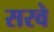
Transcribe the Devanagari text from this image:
सरवे